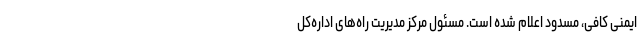
ایمنی کافی، مسدود اعلام شده است. مسئول مرکز مدیریت راه‌های اداره‌کل